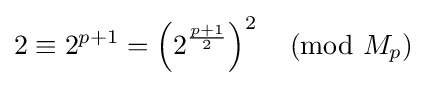
2\equiv 2^{p+1}=\left(2^{\frac {p+1}{2}}\right)^{2}{\pmod {M_{p}}}